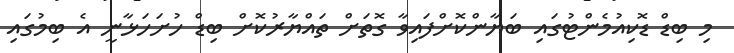
މި ބިޑް ޑޮކިއުމެންޓުގައި ބަޔާންކޮށްފައިވާ ގޮތަށް ތައްޔާރުކޮށް ބިޑް ހުށަހަޅާނީ އެ ބިމުގައި